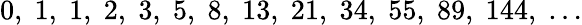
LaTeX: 0,\; 1,\; 1,\; 2,\; 3,\; 5,\; 8,\; 13,\; 21,\; 34,\; 55,\; 89,\; 144,\; \ldots